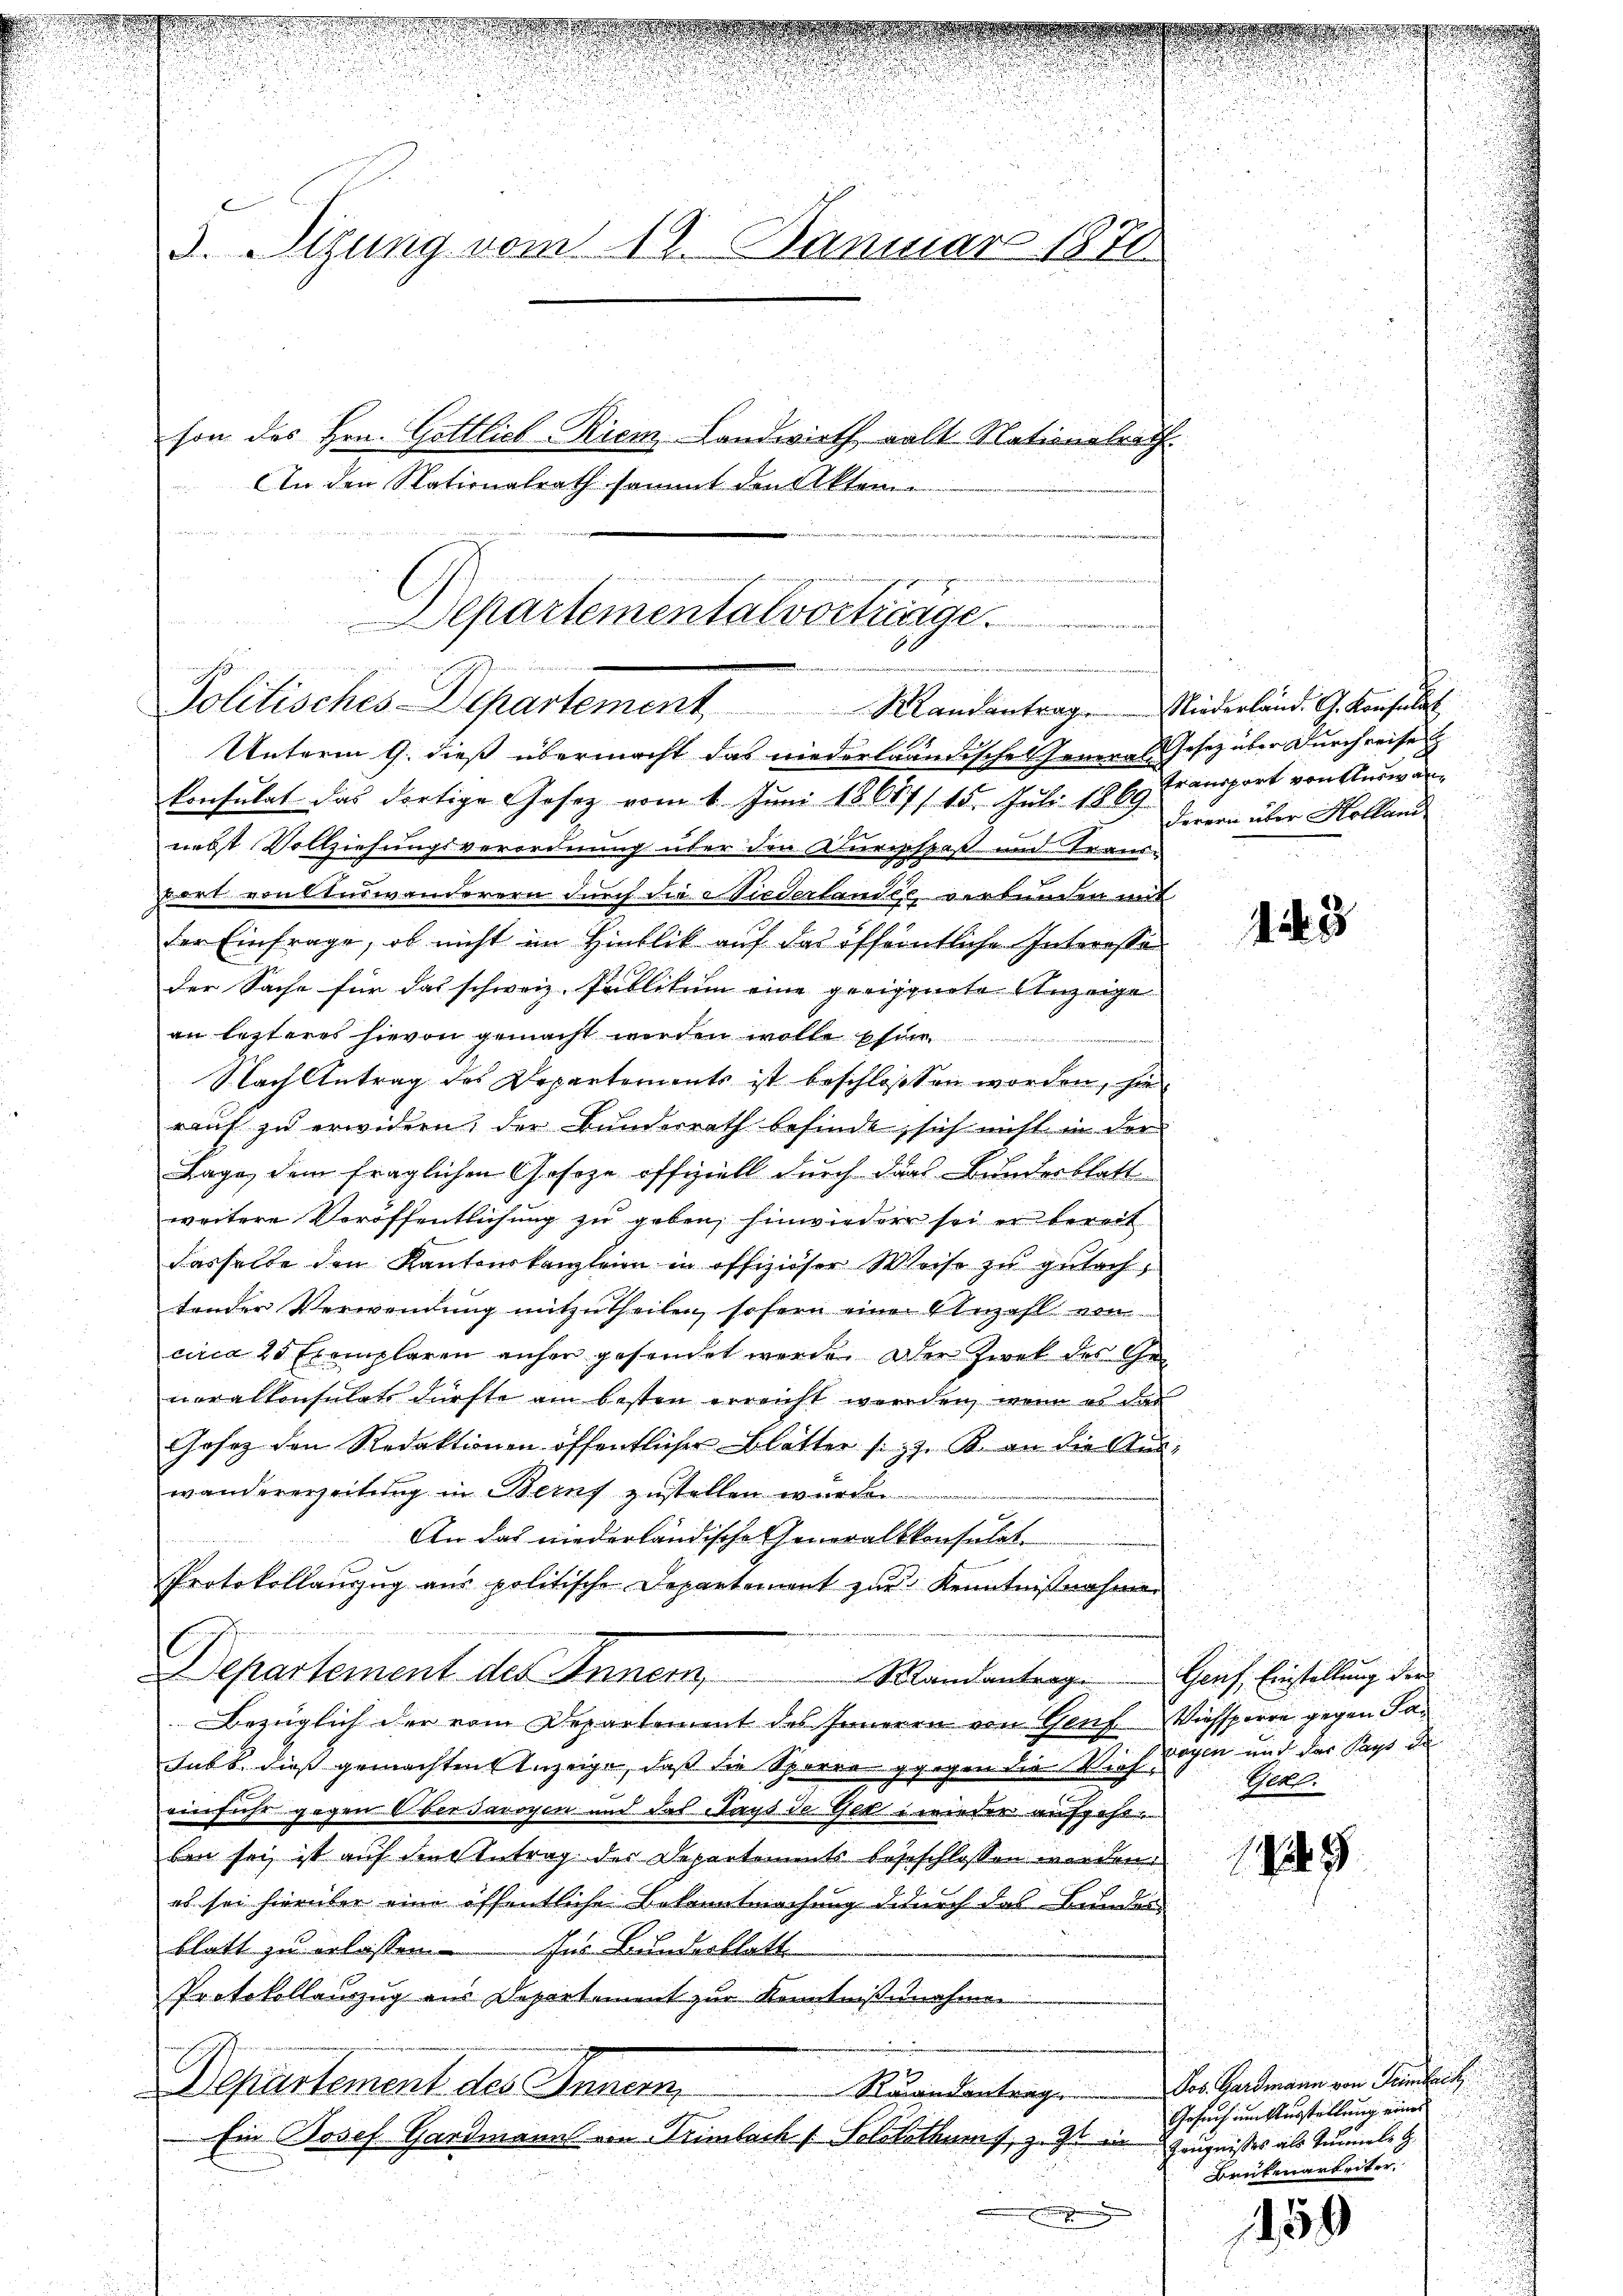
3. Sigung vom 18. Januar 1870
hon des Hrn. Gottlich-Riem Landwirth, galt Nationalrath.
An den Nationalrath sammt den Altern

Unterm 9. dieß übermacht das niederländischen General-Gesetz über Durchreise
konsulat das dortige Gesetz vom 1. Juni 18687/ 15. Juli 1869 Transport von Auswarnebst Vollziehungsverordnung über den Kurggspaß und Transwort vontterwanderern durch die Niederlandes verbunden mit
der Einfrage, ob nicht im Hinblik auf das öffentliche Interesso
der Sache für das schweiz. Publikum eine geeignete Anzeige
an lezteres hievon gemacht werden wolle Ese
Nach Antrag des Departements ist beschlossen worden, hie
rauf zu erwidern, der Bunderrath befinde, sich nicht in der
Lage, dem fraglichen Geseze offiziell durch das Bunderblatt
weitere Veröffentlichung zu geben, hinwieder sei er bereit
dasselbe den Kantonskanzleien in offiziöser Weise zu gutachtender Verwendung mitzutheilen, sofern eine Anzahl von
circa 25 Exemplaren anher gesendet werde. Der Zwek des Gemoralkonsulats dürfte am besten erreicht werden, wenn es das
Gesez den Redaktionen öffentlicher Blätter sitz. B. an die Auswandererzeitung in Beruf zustellen wurden.
.
An das niederländische Generalkonsulat
i
Protokollanzug aus politische Departement zur Kenntnißnahmen
i
6
.
Departement des Innern,
Mandantrag Genf, Einstellung der
Bezüglich der vom Departement des Inneren von Genf Viehsperre gegen Fa¬
Fabb. dies gemachten Anzeige, daß die Sparre gegen die Vieh zogen und der Pays de
Sittel.
einfuhr gegen Obersavoyen und das Says de Geri wieder aufgeht
ben sei, ist auf den Antrag der Departements begeschlossen werden.
es sei hierüber eine öffentliche Bekanntmachung durch das Bunder
blatt zu erlassen
Aus Bundesblatt
Protokollanzug aus Departement zur Kenntnißnahmen
u
Nuancentrag . . . . . .  Der Hartmann von Transch
Departement des Innern,
Gesuch um Ausstellung eines
Ein Josef Hardmann von Trimlach Solotothnorf, z. Z. in Zeugnisses als Tunneli z
Brükenarbeiter
.
159

Departementalvertige

Politisches Departement Mandantrag. Niederland. G. Konsuls

Ferein über Kolland

13